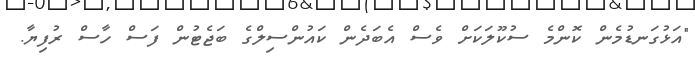
"އަޅުގަނޑުމެން ކޮންމެ ސުކޫލަކަށް ވެސް އެބަދެން ކައުންސިލްގެ ބަޖެޓުން ފަސް ހާސް ރުފިޔާ.